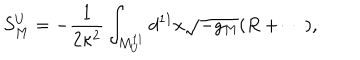
LaTeX: S _ { M } ^ { U } = - { \frac { 1 } { 2 \kappa ^ { 2 } } } \int _ { M _ { U } ^ { 1 1 } } d ^ { 1 1 } x \sqrt { - g _ { M } } ( R + \cdots ) ,